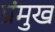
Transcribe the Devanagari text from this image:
प्रंमुख